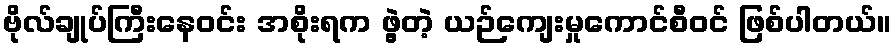
ဗိုလ်ချုပ်ကြီးနေဝင်း အစိုးရက ဖွဲ့တဲ့ ယဉ်ကျေးမှုကောင်စီဝင် ဖြစ်ပါတယ်။